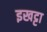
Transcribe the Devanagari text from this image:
इखट्टा